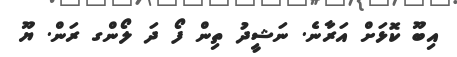
އިބޫ ކޮޅަށް އަރާނެ. ނަޝީދު ތިން ފޯ ދަ ލޯންގ ރަން. ޔޫ